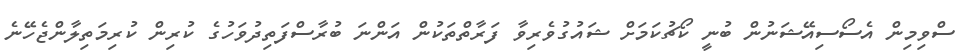
ސްވިމިން އެސޯސިއޭޝަނުން ބުނީ ކޯޗުކަމަށް ޝައުގުވެރިވާ ފަރާތްތަކުން އަންނަ ބުރާސްފަތިދުވަހުގެ ކުރިން ކުރިމަތިލާންޖެހޭނެ